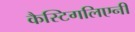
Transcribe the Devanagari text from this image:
कैस्टिगलिएनी